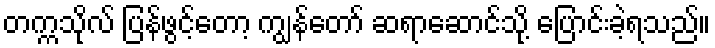
တက္ကသိုလ် ပြန်ဖွင့်တော့ ကျွန်တော် ဆရာဆောင်သို့ ပြောင်းခဲ့ရသည်။